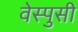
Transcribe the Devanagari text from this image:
वेस्पुसी